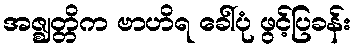
အဇ္ဈတ္တိက ဗာဟိရ ခေါ်ပုံ ဖွင့်ပြခန်း